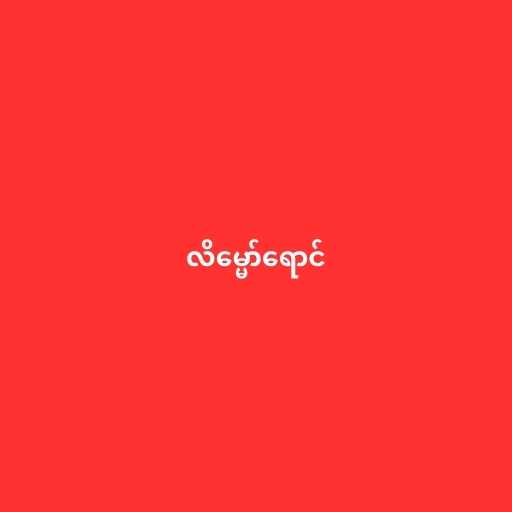
လိမ္မော်ရောင်